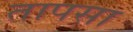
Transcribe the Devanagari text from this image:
तापसा